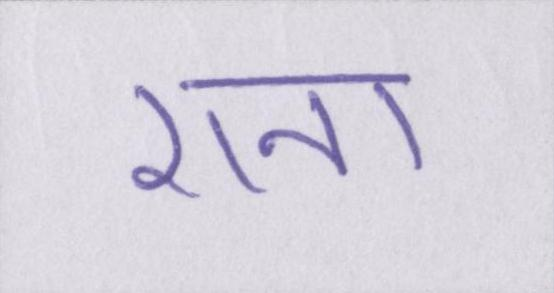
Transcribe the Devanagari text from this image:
राना